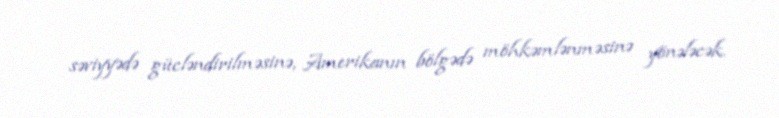
səviyyədə gücləndirilməsinə, Amerikanın bölgədə möhkəmlənməsinə yönələcək.